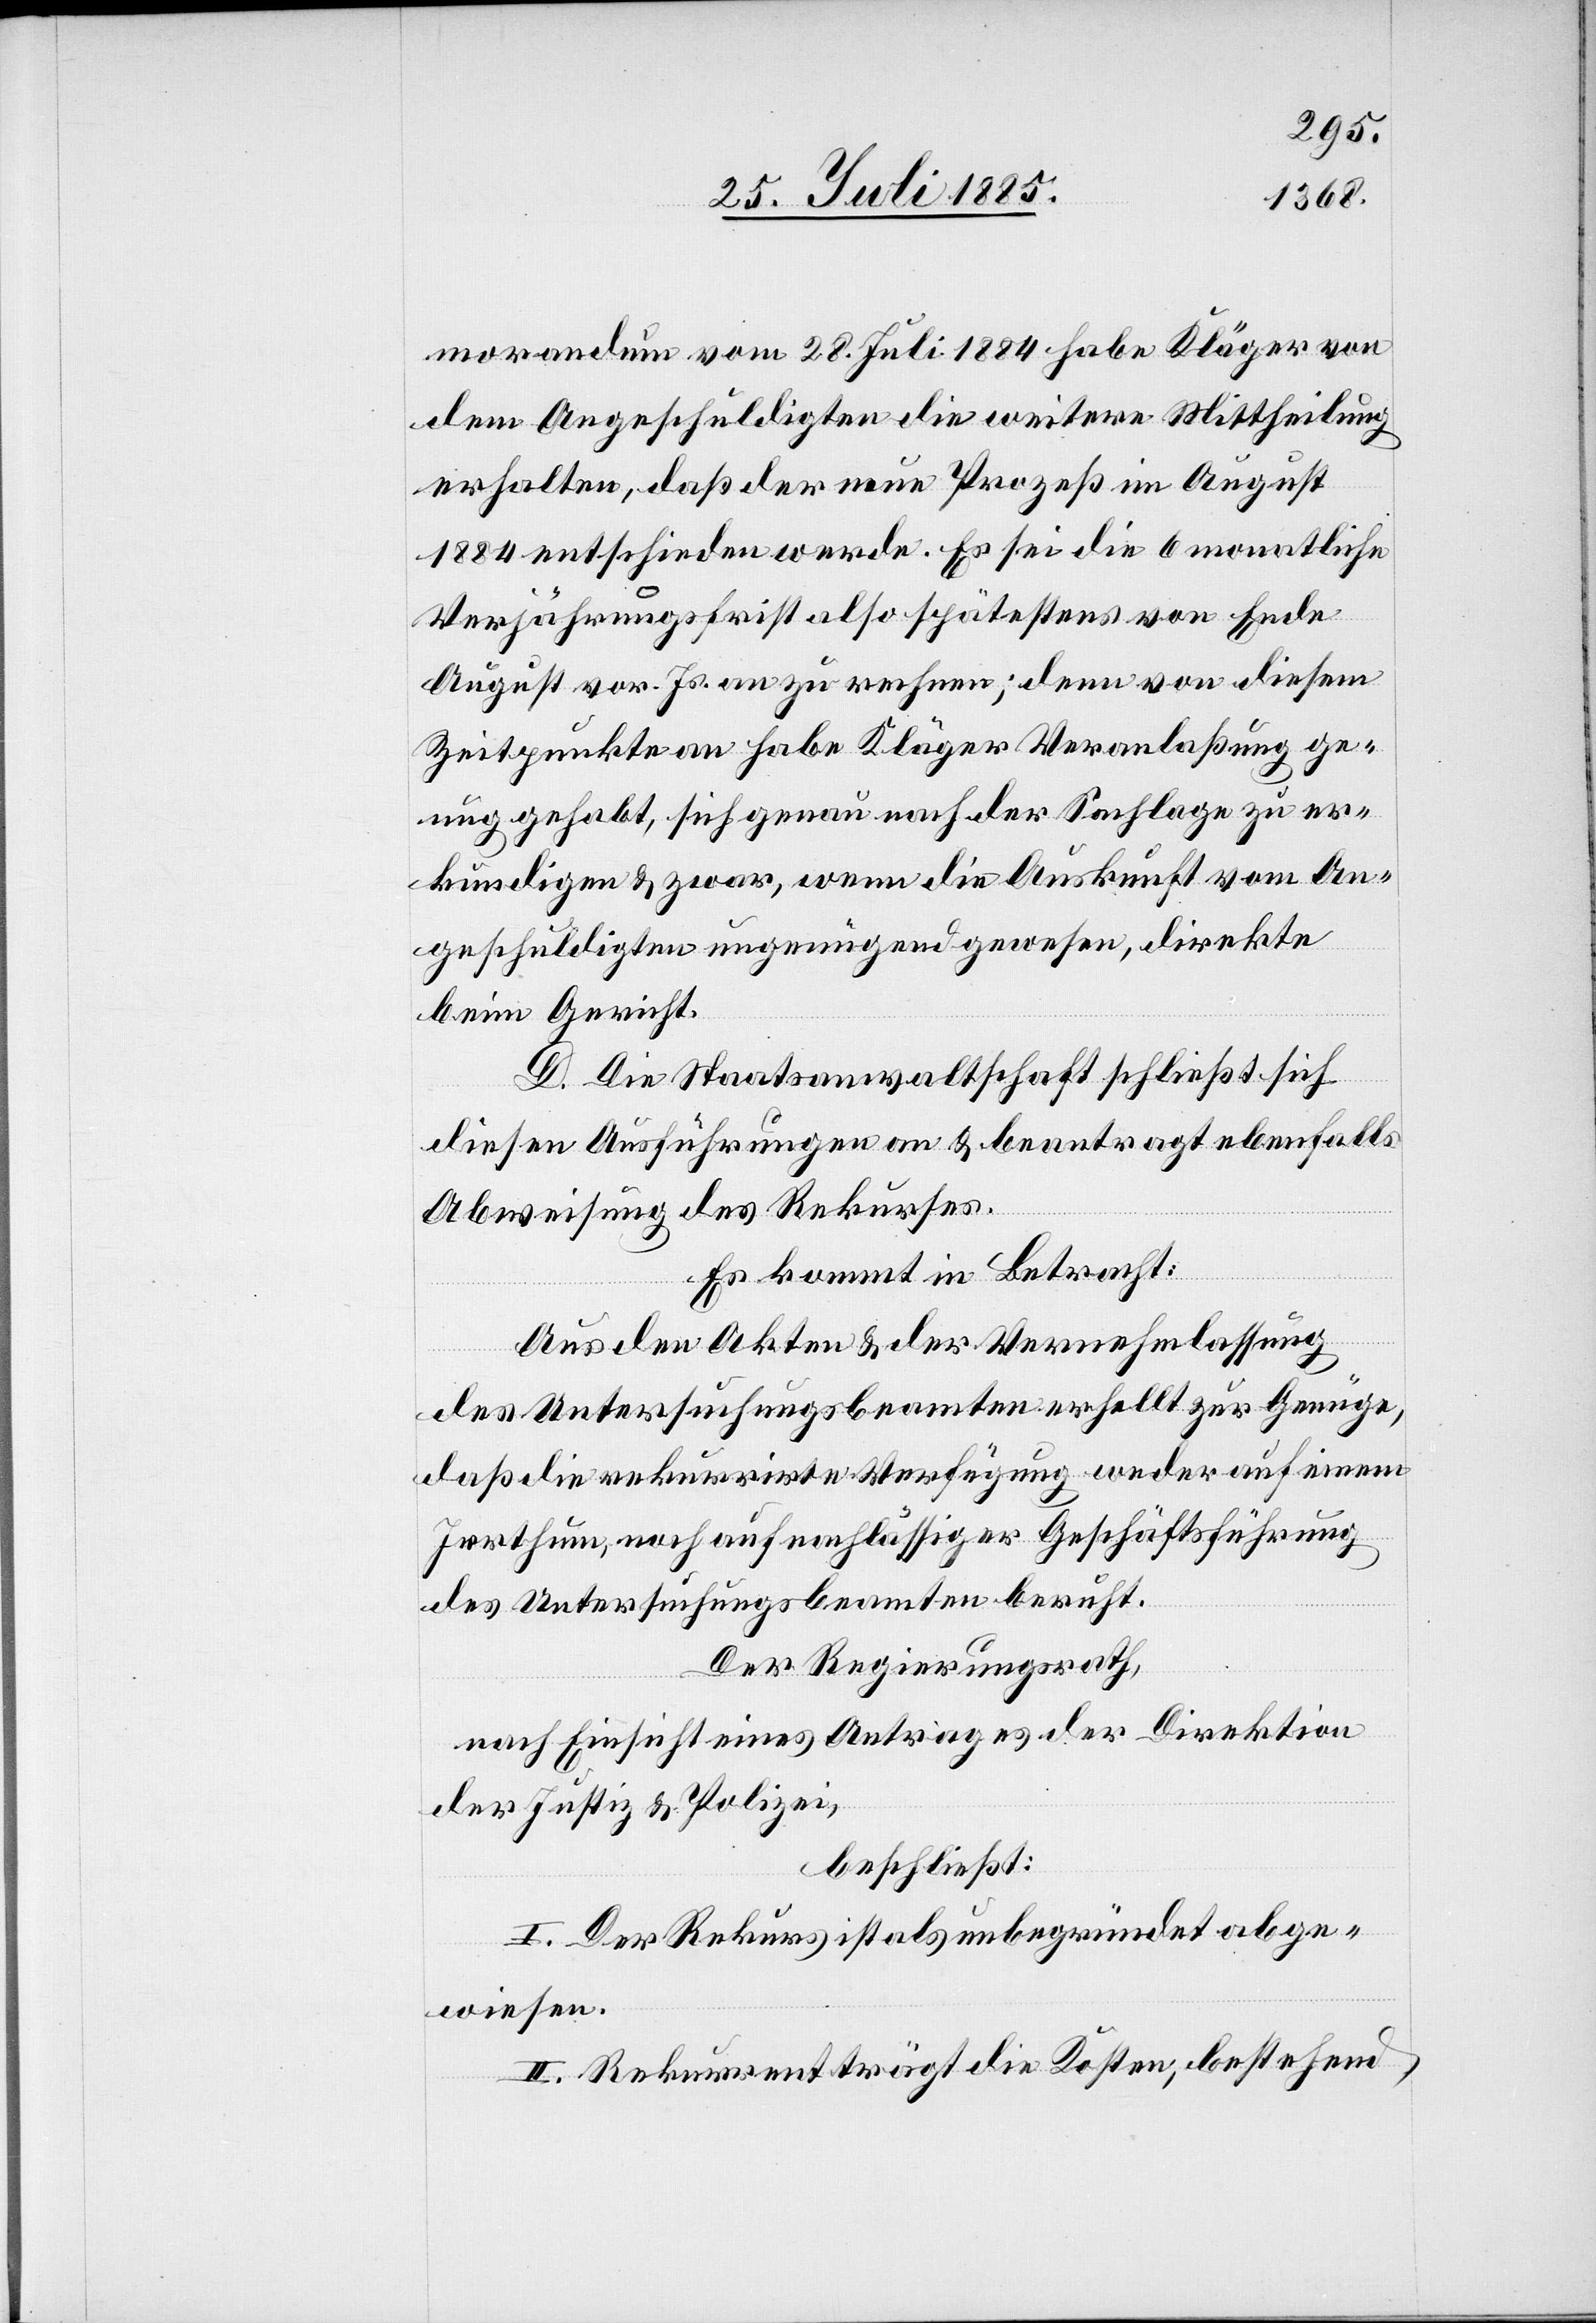
morandum vom 28. Juli 1884 habe Kläger von
dem Angeschuldigten die weitere Mittheilung
erhalten, daß der neue Prozeß im August
1884 entschieden werde. Es sei die 6 monatliche
Verjährungsfrist also spätestens von Ende
August vor. Js. an zu rechnen; denn von diesem
Zeitpunkte an habe Kläger Veranlaßung ge¬
nug gehabt, sich genau nach der Sachlage zu er¬
kundigen & zwar, wenn die Auskunft vom An¬
geschuldigten ungenügend gewesen, direkte
beim Gericht.
D. Die Staatsanwaltschaft schließt sich
diesen Ausführungen an & beantragt ebenfalls
Abweisung des Rekurses.
Es kommt in Betracht:
Aus den Akten & der Vernehmlassung
des Untersuchungsbeamten erhellt zur Genüge,
daß die rekurrirte Verfügung weder auf einem
Irrthum, noch auf nachlässiger Geschäftsführung
des Untersuchungsbeamten beruht.
Der Regierungsrath,
nach Einsicht eins Antrages der Direktion
der Justiz & Polizei,
beschließt:
I. Der Rekurs ist als unbegründet abge¬
wiesen.
II. Rekurrent trägt die Kosten, bestehend